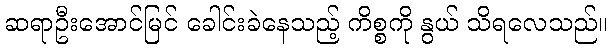
ဆရာဦးအောင်မြင် ခေါင်းခဲနေသည့် ကိစ္စကို နွယ် သိရလေသည်။